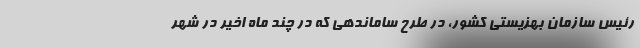
رئیس سازمان بهزیستی کشور، در طرح ساماندهی که در چند ماه اخیر در شهر